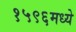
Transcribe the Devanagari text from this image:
१५९६मध्ये